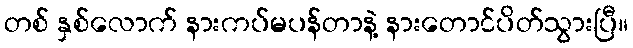
တစ် နှစ်လောက် နားကပ်မပန်တာနဲ့ နားတောင်ပိတ်သွားပြီ။